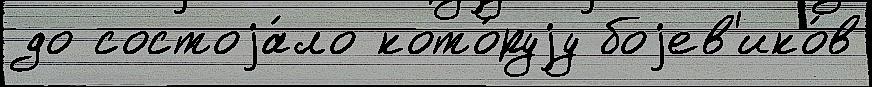
до состоjа́ло кото́руjу боjев'ико́в